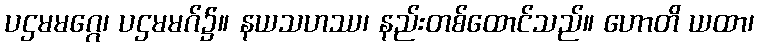
ပဌမမဂ္ဂေ၊ ပဌမမဂ်၌။ နယသဟဿ၊ နည်းတစ်ထောင်သည်။ ဟောတိ ယထာ၊